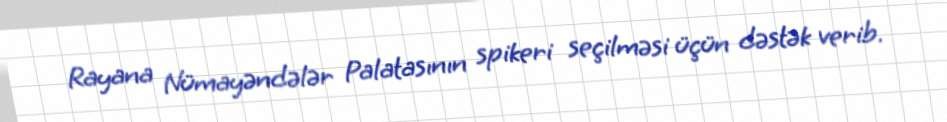
Rayana Nümayəndələr Palatasının spikeri seçilməsi üçün dəstək verib.